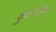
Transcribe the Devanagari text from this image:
कुंजगलियों